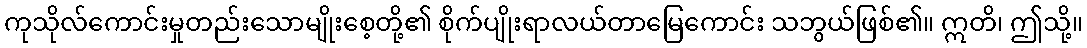
ကုသိုလ်ကောင်းမှုတည်းသောမျိုးစေ့တို့၏ စိုက်ပျိုးရာလယ်တာမြေကောင်း သဘွယ်ဖြစ်၏။ ဣတိ၊ ဤသို့။